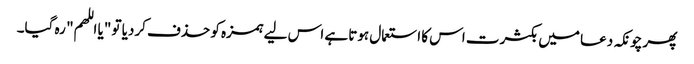
پھر چونکہ دعا میں بکثرت اس کا استعمال ہوتا ہے اس لیے ہمزہ کو حذف کردیا تو "یا اللھم" رہ گیا۔